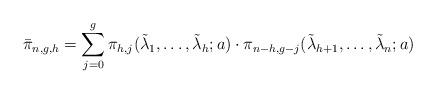
LaTeX: \begin{align*}\bar\pi_{n,g,h}=\sum_{j=0}^g\pi_{h,j}(\tilde\lambda_1,\ldots,\tilde\lambda_h;a)\cdot\pi_{n-h,g-j}(\tilde\lambda_{h+1},\ldots,\tilde\lambda_n;a)\end{align*}